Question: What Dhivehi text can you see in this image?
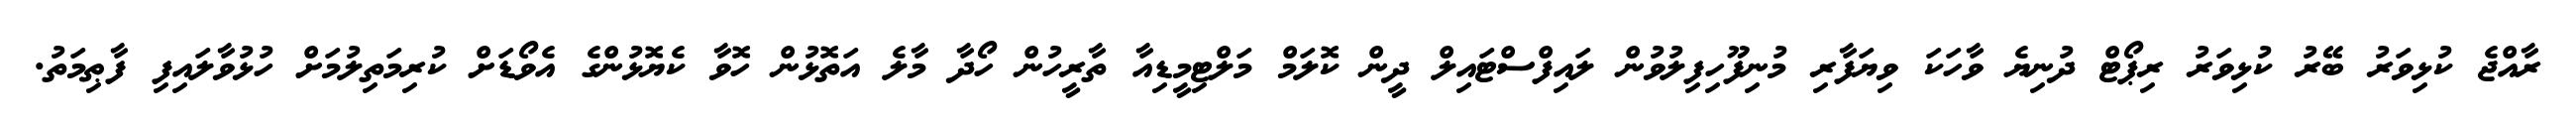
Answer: ރާއްޖެ ކުޅިވަރު ބޭރު ކުޅިވަރު ރިޕޯޓް ދުނިޔެ ވާހަކަ ވިޔަފާރި މުނިފޫހިފިލުވުން ލައިފްސްޓައިލް ދީން ކޮލަމް މަލްޓިމީޑިއާ ތާރީހުން ހޯދާ މާލެ އަތޮޅުން ހޮވާ ކެޔޮޅުންގެ އެވޯޑަށް ކުރިމަތިލުމަށް ހުޅުވާލައިފި ފާޠިމަތު.